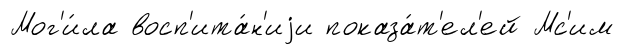
Мог'и́ла восп'ита́н'иjи показа́т'ел'ей Мс'им